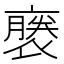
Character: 𧜈